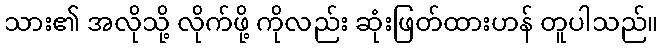
သား၏ အလိုသို့ လိုက်ဖို့ ကိုလည်း ဆုံးဖြတ်ထားဟန် တူပါသည်။